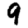
Digit: 9